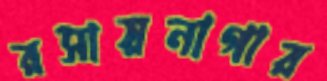
রসায়নাগার